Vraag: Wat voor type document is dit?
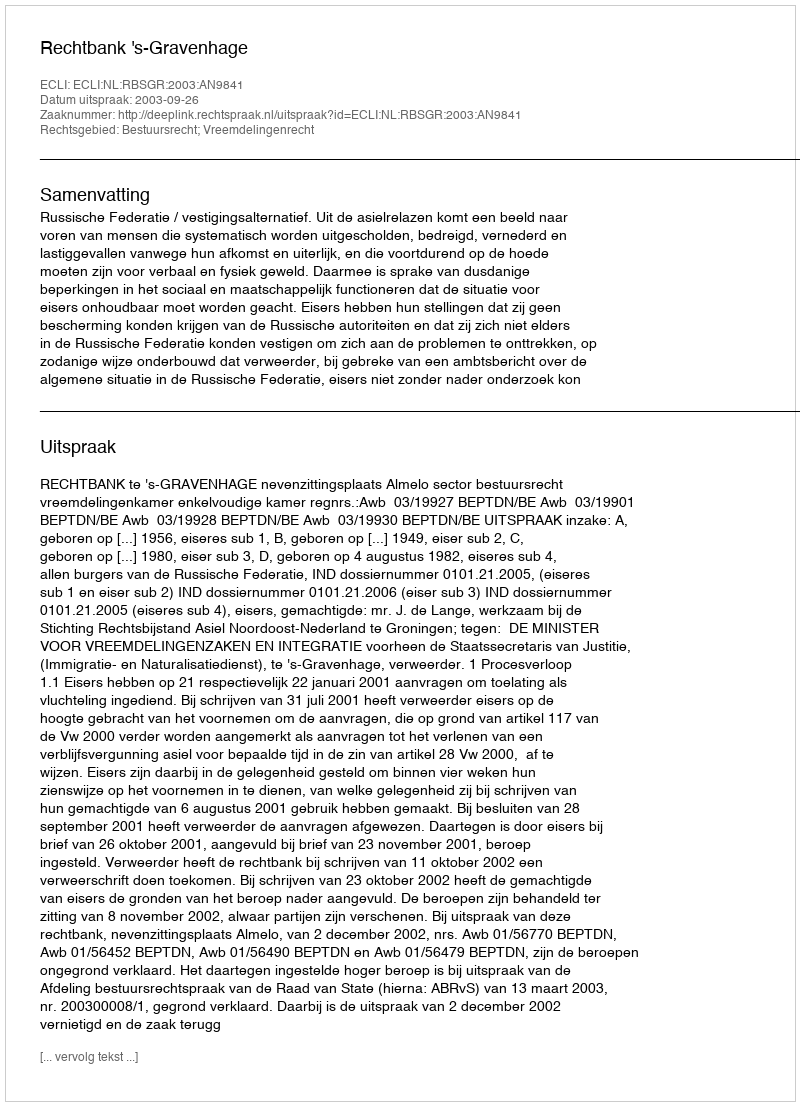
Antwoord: Uitspraak